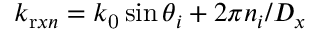
k _ { \mathrm { r } x n } = k _ { \mathrm { 0 } } \sin \theta _ { i } + { 2 \pi n _ { i } } / { D _ { x } }